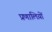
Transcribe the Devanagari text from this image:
प्रणालिय़ों